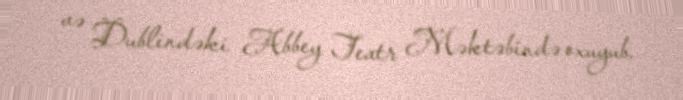
və Dublindəki Abbey Teatr Məktəbində oxuyub.